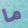
ما